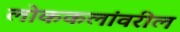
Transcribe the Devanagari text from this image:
लोककलांवरील